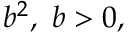
b ^ { 2 } , \ b > 0 ,